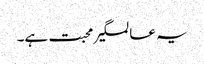
یہ عالمگیر محبت ہے۔